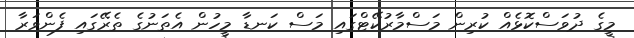
މީގެ ދުވަސްކޮޅެއް ކުރިން މަސްމާރުކޭޓްގައި މަސް ކަނޑާ މީހުން އެތަނުގެ ތެރޭގައި ފެންވަރާ